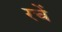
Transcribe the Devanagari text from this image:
रचें